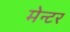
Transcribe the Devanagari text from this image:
मेन्टर